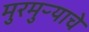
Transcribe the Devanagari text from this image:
मुरमुऱ्याचे